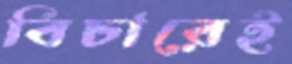
বিচারেই